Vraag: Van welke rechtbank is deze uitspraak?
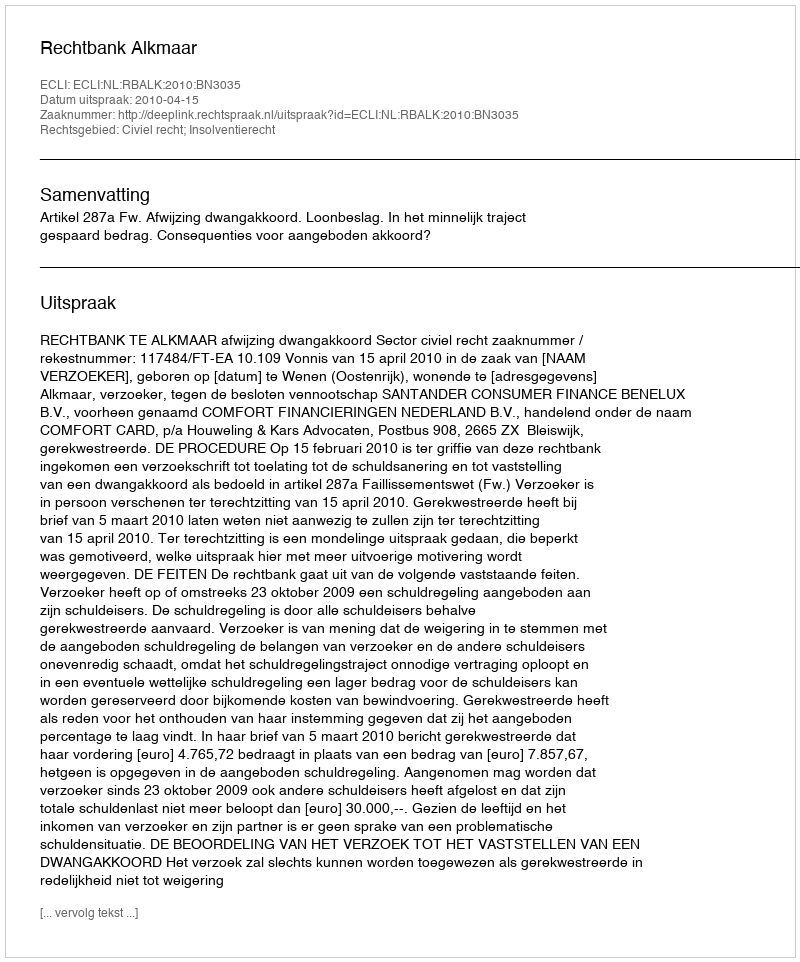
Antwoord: Rechtbank Alkmaar